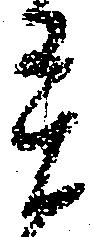
異